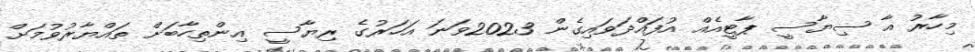
މިހާރު އާ ސިޔާސީ ޕާޓީއެއް އުފައްދަވައިގެން 2023ވަނަ އަހަރުގެ ރިޔާސީ އިންތިހާބަށް ތައްޔާރުވުމަށް